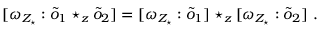
[ \omega _ { { \cal Z } _ { \star } } : \tilde { o } _ { 1 } \star _ { z } \tilde { o } _ { 2 } ] = [ \omega _ { { \cal Z } _ { \star } } : \tilde { o } _ { 1 } ] \star _ { z } [ \omega _ { { \cal Z } _ { \star } } : \tilde { o } _ { 2 } ] ~ .